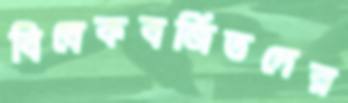
বিবেকবর্জিতদের